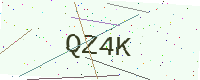
Text: QZ4K